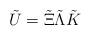
LaTeX: \begin{align*}\tilde U = \tilde \Xi \tilde\Lambda \tilde K\end{align*}